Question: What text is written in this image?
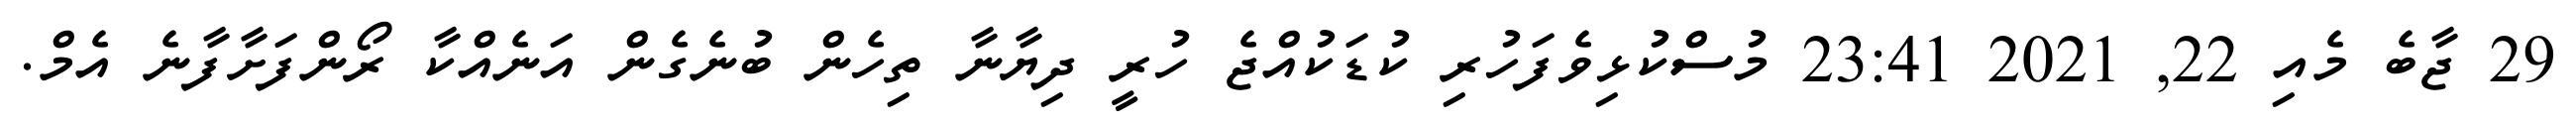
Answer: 29 ޖާބެ މެއި 22, 2021 23:41 މުސްކުޅިވެފަހުރި ކުޑަކުއްޖެ ހުރީ ދިޔާނާ ތިހެން ބުނެގެން އަނެއްކާ ރޯންފަށާފާނެ އެމް.